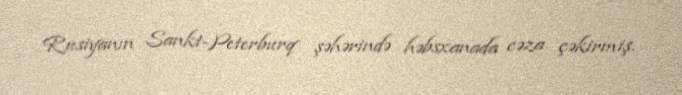
Rusiyanın Sankt-Peterburq şəhərində həbsxanada cəza çəkirmiş.